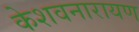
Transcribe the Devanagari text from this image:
केशवनारायण